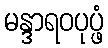
မန္ဒာရဝပုပ္ဖံ